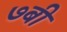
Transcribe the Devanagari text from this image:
७बी